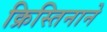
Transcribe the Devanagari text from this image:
क्रिस्तिनाने